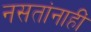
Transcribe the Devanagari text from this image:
नसतांनाहीं